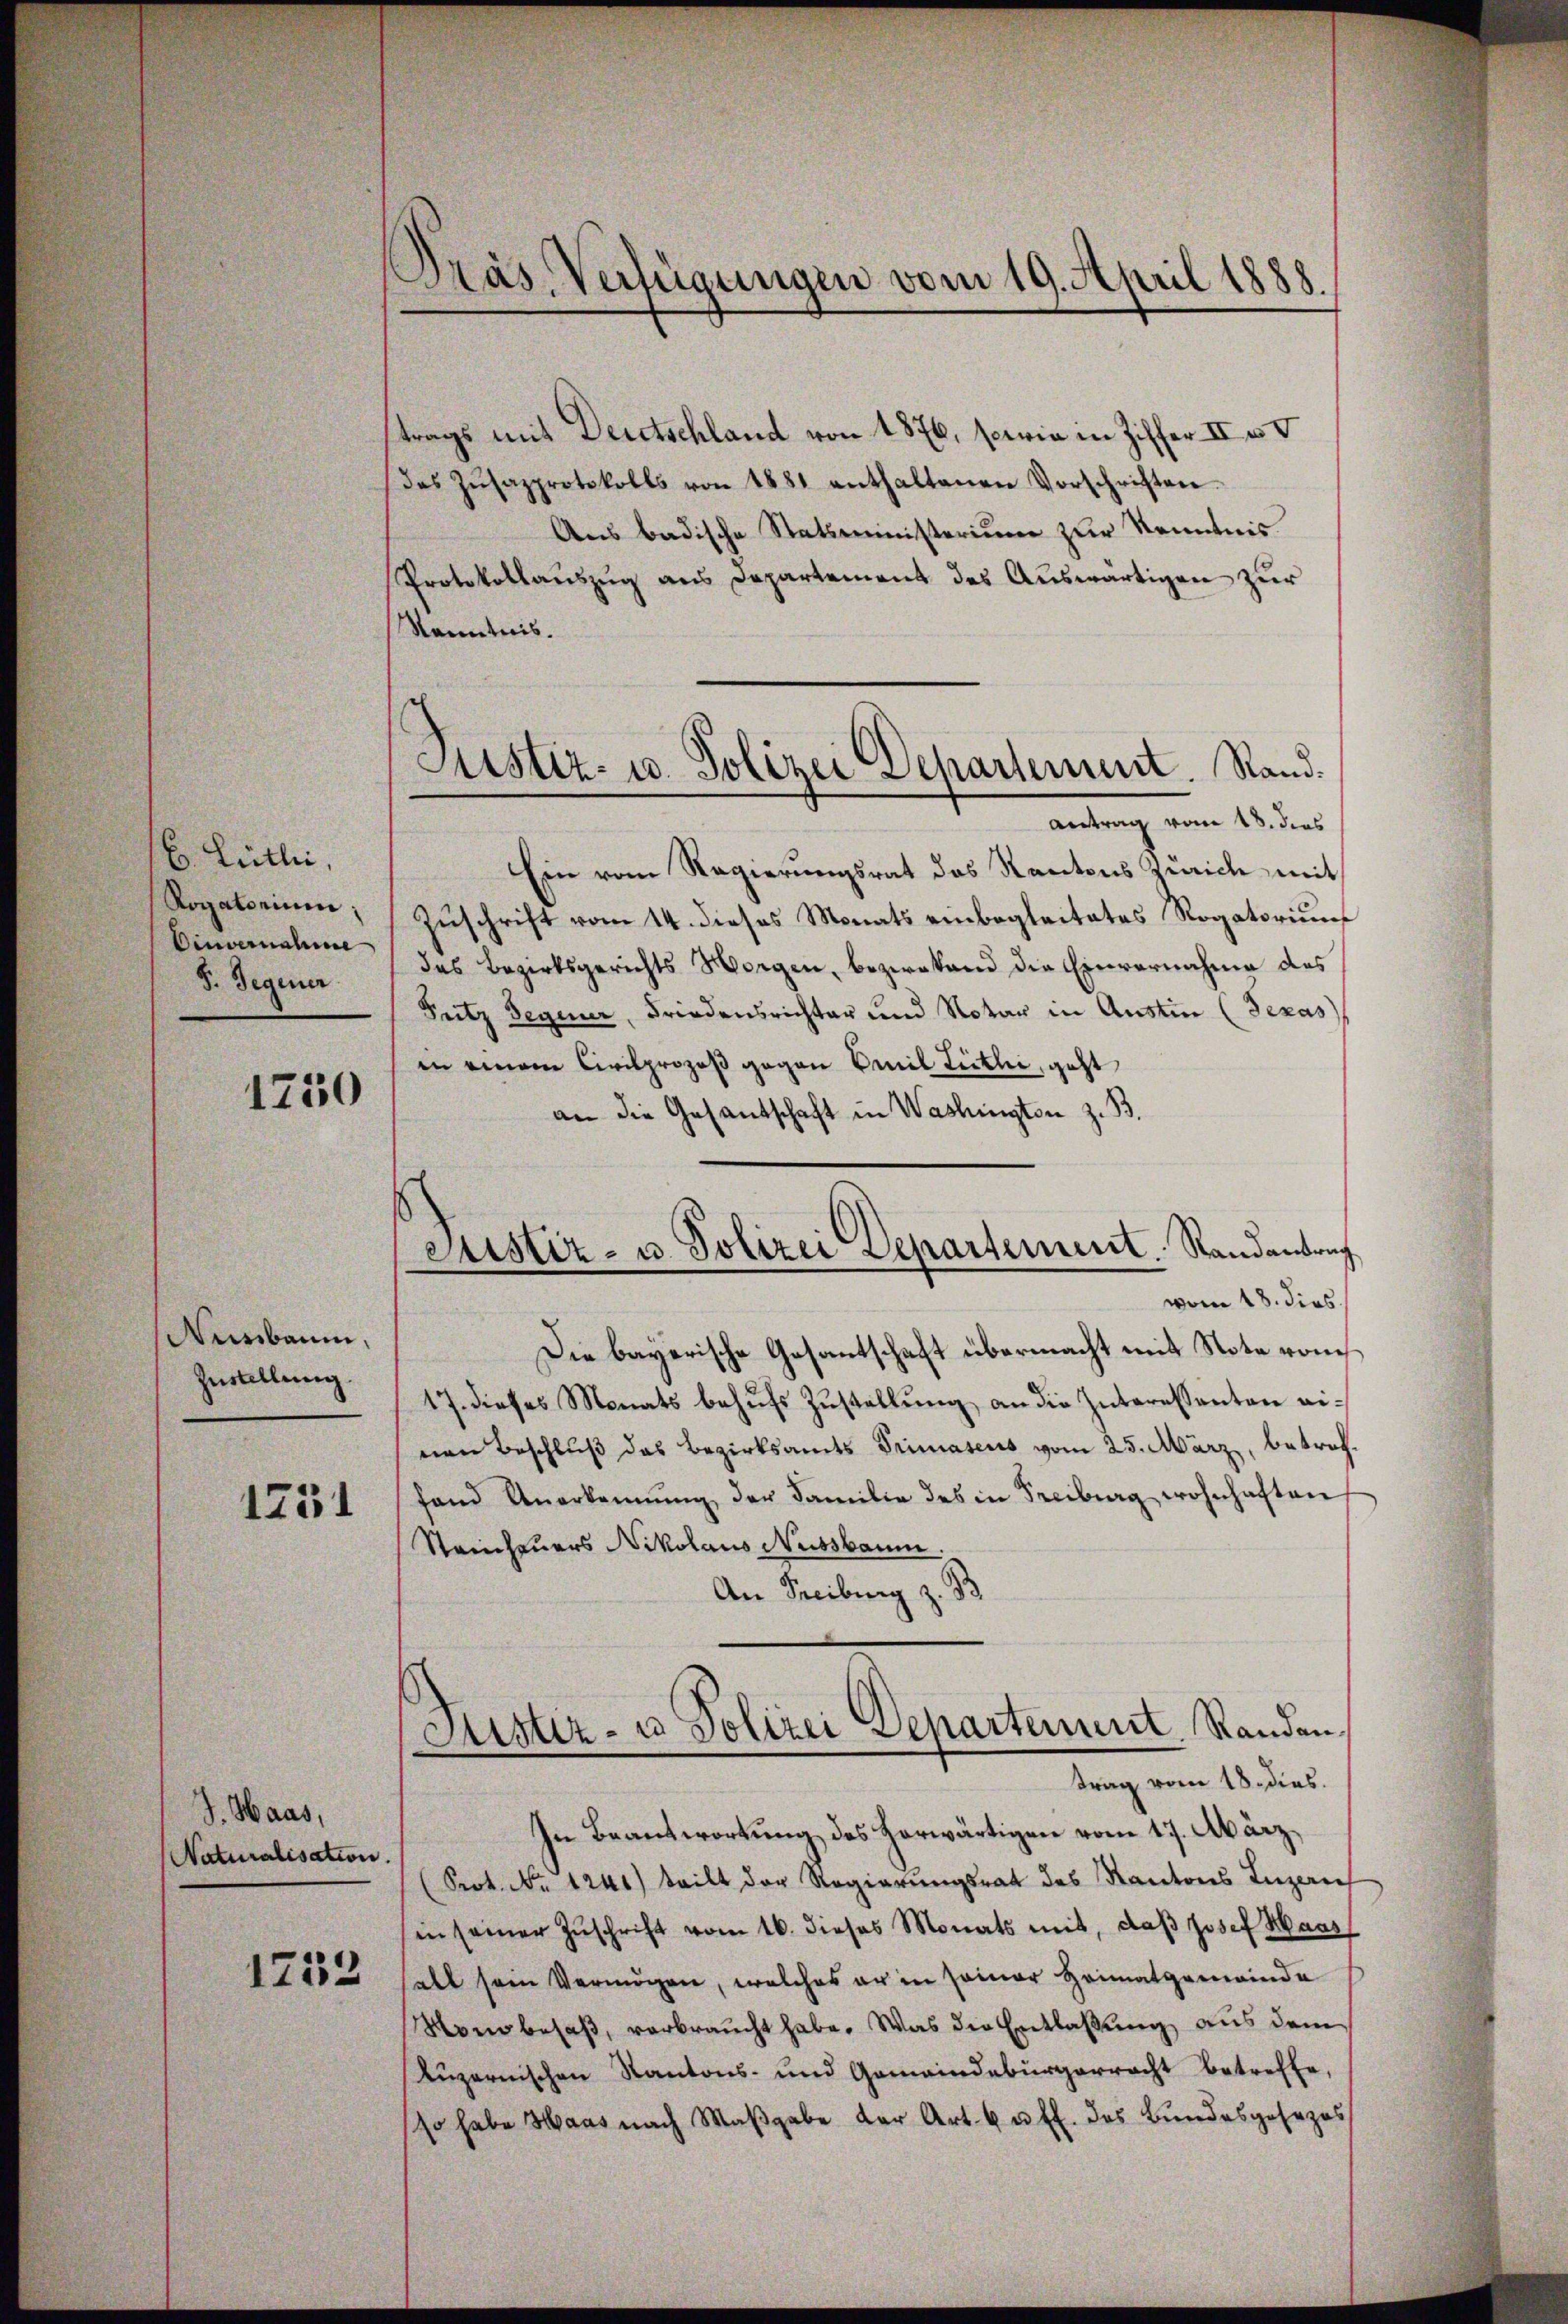
B. Leitli
Rogatorium
Einvernahme
F. Gegener

1750

Nussbaum,
Zustellung

1231

J. Haas,
Naturalisation.

1253

Pras Verfügungen vom 19. April 1888.

strags mit Deutschland von 1876, sowie in Ziffer II u.
das Zŭsazprotokolls von 1881 enthaltenen Vorschriften.
Aus badische Statsministerium zur Kenntnis
Protokollauszug aus Departement des Auswärtigen zur
Kenntnis.
Antrag vom 18. dies
Ein vom Regierungsrat des Kantons Zürich mit
Zuschrift vom 14. dieses Monats einbegleitetes Rogatorium
des Bezirksgerichts Morgen, bezwekend die Einvernahme das
Futz Gegener, Friedensrichter und Notar in Austin (Texas
in einem Civilprozeß gegen Emil Tiekli, geht
an die Gesantschaft in Washington z. B.
vom 18. dies
Die bayerische Gesantschaft übermacht mit Note vom
17. dieses Monats behufs Zustellung an die Interessanten einen Beschluß das Bezirksamts Primaseus vom 25. März, betroffand Anerkennung der Familie des in Freiburg wohnhaften
Stainfeuers Nikolaus Nussbaum
An Freiburg z. B
Justiz- u Polizei Departement. Randan
n
trag vom 18. dies.
In Beantwortung des Horwärtigen vom 17. März,
(Srot. No. 1241) teilt der Regierungsrat des Kantons Luzerne
in seiner Zŭschrift vom 16. dieses Monats mit, daβ Josef Haas
sall sein Vermögen, welches er in seiner Heimatgemeinde
Mond besaß, verbraucht habe. Was die Entlaßung aus dem
Luzernischen Kantons- und Gemeindebürgerracht betreffe,
 habe Haas nach Maβgabe der Art. 6 u. fl. das Bundesgesezes

Justiz- u. Polizei Departement. Stand.

Justiz- u. Polizei Departement. Randantrag